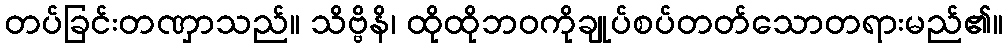
တပ်ခြင်းတဏှာသည်။ သိဗ္ဗိနိ၊ ထိုထိုဘဝကိုချုပ်စပ်တတ်သောတရားမည်၏။